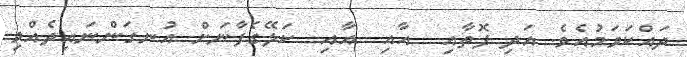
ދައްކަވަމުއެވެ. އަދި ފޮތާއި  އާއި  އާއި  ކަލޭގެފާނަށް އުނގަންނައިދެއްވި